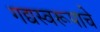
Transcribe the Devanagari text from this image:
गद्यस्वरूपाचे